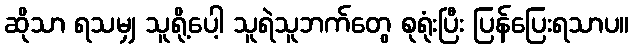
ဆိုသာ ရသမျှ သူရို့ပေါ့ သူရဲသူဘက်တွေ စုရုံးပြီး ပြန်ပြေးရသာပ။